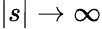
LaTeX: |s|\to\infty